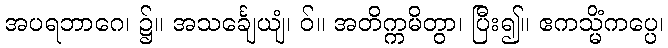
အပရဘာဂေ၊ ၌။ အသင်္ချေယျံ၊ ဝ်။ အတိက္ကမိတွာ၊ ပြီး၍။ ဧကသ္မိံကပ္ပေ၊